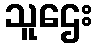
သူဌေး